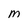
Character: M